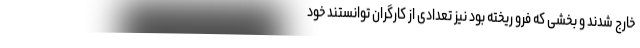
خارج شدند و بخشی که فرو ریخته بود نیز تعدادی از کارگران توانستند خود